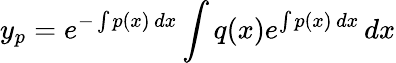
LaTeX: y_{p}=e^{-\int p(x)\, dx}\int q(x)e^{\int p(x)\, dx}\, dx